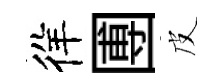
徉圑皮